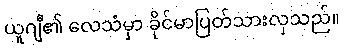
ယူဂျီ၏ လေသံမှာ ခိုင်မာပြတ်သားလှသည်။